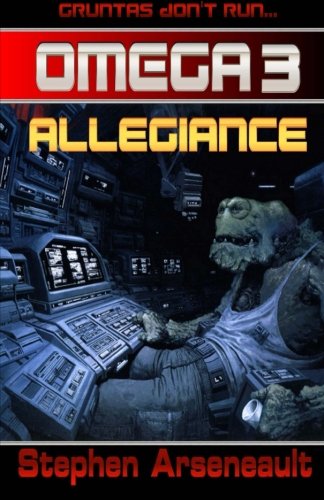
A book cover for OMEGA Allegiance; Stephen Arseneault; Science Fiction & Fantasy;